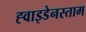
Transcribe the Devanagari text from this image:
ह्वाइडेनस्ताम